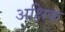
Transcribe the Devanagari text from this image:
अक्षिक